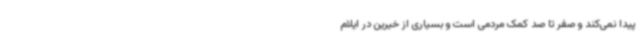
پیدا نمی‌کند و صفر تا صد کمک مردمی است و بسیاری از خیرین در ایلام